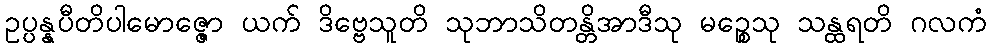
ဥပ္ပန္နပီတိပါမောဇ္ဇော ယက် ဒိဗ္ဗေသူတိ သုဘာသိတန္တိအာဒီသု မဉ္စေသု သန္ထရတိ ဂလကံ